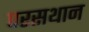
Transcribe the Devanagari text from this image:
परसथान